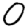
Digit: 0